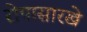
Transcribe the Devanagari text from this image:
रोपासारखे